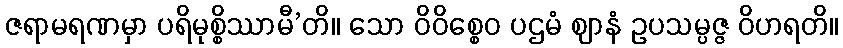
ဇရာမရဏမှာ ပရိမုစ္စိဿာမီ’တိ။ သော ဝိဝိစ္စေဝ ပဌမံ ဈာနံ ဥပသမ္ပဇ္ဇ ဝိဟရတိ။